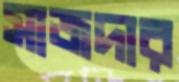
সাজদার